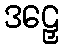
ဒဠှေ